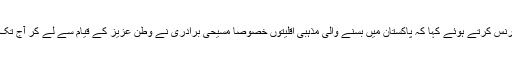
جمعرات کو نیشنل پریس کلب اسلام آباد میں ایم جوز ف فرانسس اور اقبال کھوکھرنے پریس کانفرنس کرتے ہوئے کہا کہ پاکستان میں بسنے والی مذہبی اقلیتوں خصوصاً مسیحی برادری نے وطن عزیز کے قیام سے لے کر آج تک ہمیشہ تعلیم،صحت،دفاع،سماجی اور دیگر شعبوں میں قابل قدر تاریخی خدمات سرانجام د ی ہیں۔